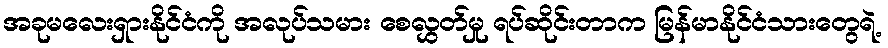
အခုမလေးရှားနိုင်ငံကို အလုပ်သမား စေလွှတ်မှု ရပ်ဆိုင်းတာက မြန်မာနိုင်ငံသားတွေရဲ့